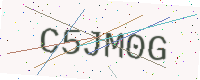
Text: C5JM0G